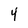
Character: 4